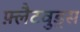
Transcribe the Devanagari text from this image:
फ़्लैटवुड्स